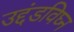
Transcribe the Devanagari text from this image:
उद्दंडविघ्न